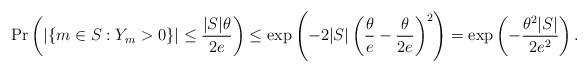
LaTeX: \begin{align*}\Pr\left(|\{m\in S : Y_m>0\}|\le \frac{|S|\theta}{2e}\right)\le\exp\left(-2|S|\left(\frac{\theta}{e}-\frac{\theta}{2e}\right)^2\right)=\exp\left(-\frac{\theta^{2}|S|}{2e^2}\right).\end{align*}